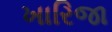
ખારિજા